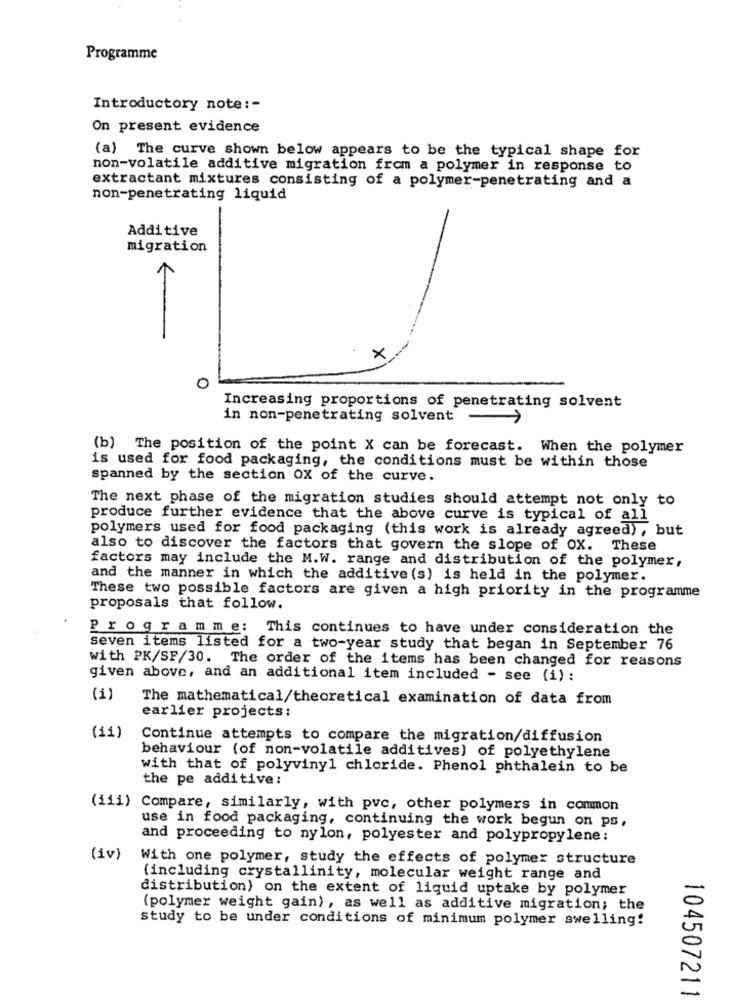
Programme
Introductory note :-
On present evidence
(a) The curve shown below appears to be the typical shape for
non-volatile additive migration from a polymer in response to
extractant mixtures consisting of a polymer-penetrating and a
non-penetrating liquid
Additive
migration
×
0
Increasing proportions of penetrating solvent
in non-penetrating solvent -
(b) The position of the point X can be forecast. When the polymer
is used for food packaging, the conditions must be within those
spanned by the section OX of the curve.
The next phase of the migration studies should attempt not only to
produce further evidence that the above curve is typical of all
polymers used for food packaging (this work is already agreed), but
also to discover the factors that govern the slope of OX. These
factors may include the M.W. range and distribution of the polymer,
and the manner in which the additive (s) is held in the polymer.
These two possible factors are given a high priority in the programme
proposals that follow.
Programme: This continues to have under consideration the
seven items listed for a two-year study that began in September 76
with PK/SF/30. The order of the items has been changed for reasons
given above, and an additional item included - see (i) :
(1)
The mathematical/theoretical examination of data from
earlier projects:
(11)
Continue attempts to compare the migration/diffusion
behaviour (of non-volatile additives) of polyethylene
with that of polyvinyl chloride. Phenol phthalein to be
the pe additive:
(iii) Compare, similarly, with pvc, other polymers in common
use in food packaging, continuing the work begun on ps,
and proceeding to nylon, polyester and polypropylene:
(iv)
With one polymer, study the effects of polymer structure
(including crystallinity, molecular weight range and
distribution) on the extent of liquid uptake by polymer
(polymer weight gain), as well as additive migration; the
study to be under conditions of minimum polymer swelling!
104507211